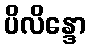
ပိလိန္ဒော